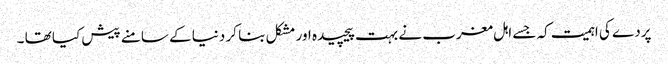
پردے کی اہمیت کہ جسے اہل مغرب نے بہت پیچیدہ اور مشکل بنا کر دنیا کے سامنے پیش کیا تھا ۔